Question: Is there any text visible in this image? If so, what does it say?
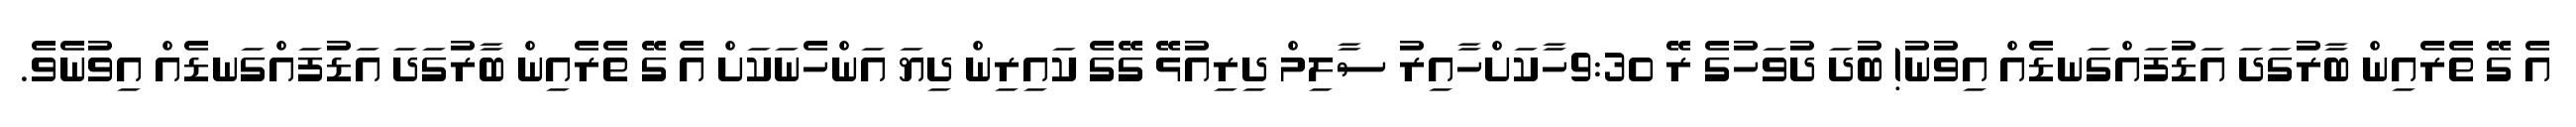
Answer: އެ ގޭ ތެރެއިން ބާރުގަދަ އަޑުފައްގަނޑެއް އިވުނު! ބުދަ ދުވަހުގެ ރޭ 9:30ހާކަށްހާއިރު ސާލިމް ދިރިއުޅޭ ގޭގެ ކައިރިން ދިޔަ އަންހެނަކަށް އެ ގޭ ތެރެއިން ބާރުގަދަ އަޑުފައްގަނޑެއް އިވުނެވެ.